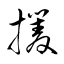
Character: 攫